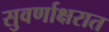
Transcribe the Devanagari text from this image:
सुवर्णाक्षरात